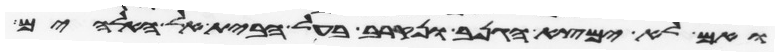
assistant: ואם לא ימצא הגנב ונקרב בעל הבית אל האלהים